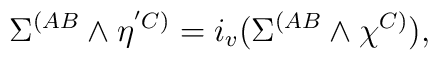
\Sigma^{(AB}\wedge\eta^{'C)}=i_{v}(\Sigma^{(AB}                \wedge\chi^{C)}),